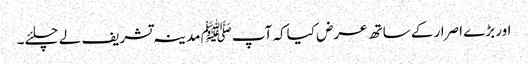
اور بڑے اصرار کے ساتھ عرض کیاکہ آپﷺ مدینہ تشریف لے چلئے۔